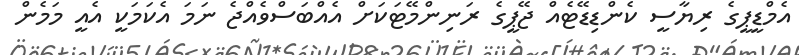
އެމްޑީޕީގެ ރިޔާސީ ކެންޑިޑޭޓެއް ޖޭޕީގެ ރަނިންމޭޓަކަށް އެއްބަސްވެއްޖެ ނަމަ އެކަމަކީ އެއީ މަމެން